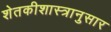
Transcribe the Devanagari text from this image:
शेतकीशास्त्रानुसार